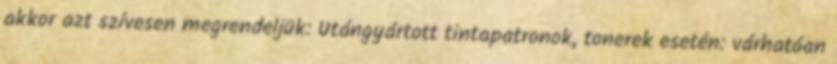
akkor azt szívesen megrendeljük: Utángyártott tintapatronok, tonerek esetén: várhatóan